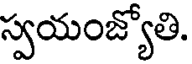
స్వయంజ్యోతి.